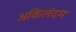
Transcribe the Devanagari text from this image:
अकिलंदम